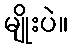
မျိုးပဲ။